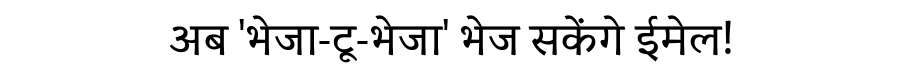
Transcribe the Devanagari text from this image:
अब 'भेजा-टू-भेजा' भेज सकेंगे ईमेल!